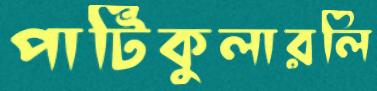
পার্টিকুলারলি